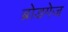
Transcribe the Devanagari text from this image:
ब्रोडगेज